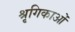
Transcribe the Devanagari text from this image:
श्रृगिकाओं